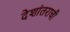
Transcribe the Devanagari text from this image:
देशांतराची